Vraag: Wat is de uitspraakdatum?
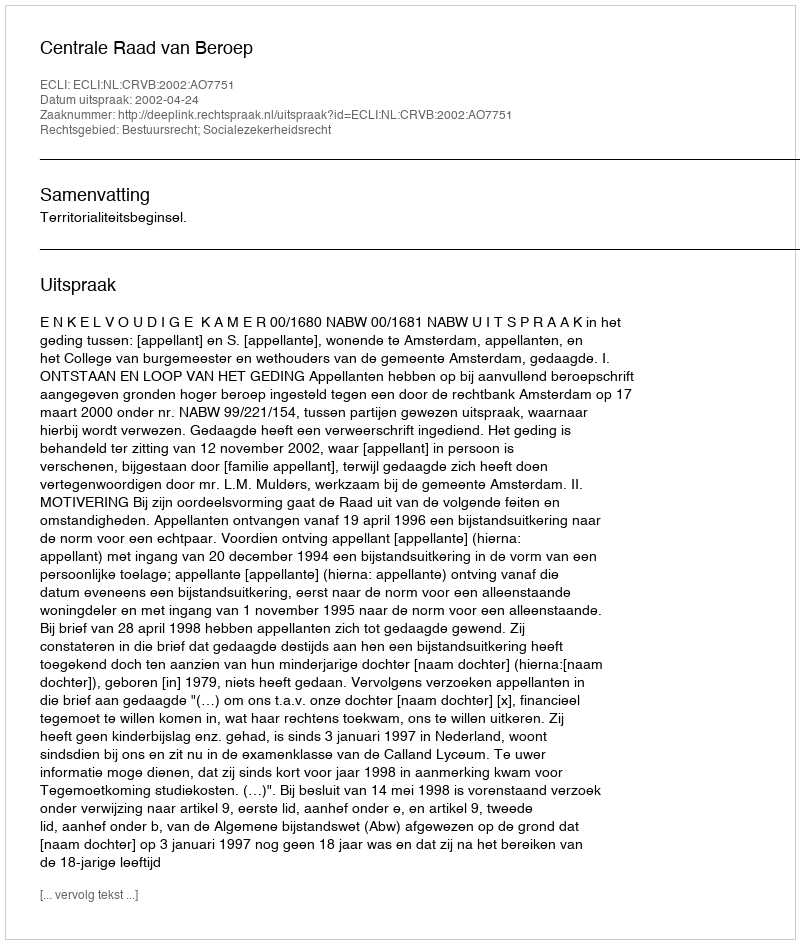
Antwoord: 2002-04-24